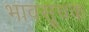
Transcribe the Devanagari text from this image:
भावसूचक